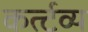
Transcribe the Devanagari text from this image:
कर्त्टव्य